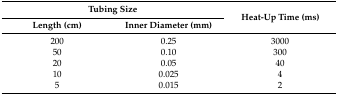
<table><thead><tr><td colspan="2"><b>Tubing Size</b></td><td rowspan="2"><b>Heat-Up Time (ms)</b></td></tr><tr><td><b>Length (cm)</b></td><td><b>Inner Diameter (mm)</b></td></tr></thead><tbody><tr><td>200</td><td>0.25</td><td>3000</td></tr><tr><td>50</td><td>0.10</td><td>300</td></tr><tr><td>20</td><td>0.05</td><td>40</td></tr><tr><td>10</td><td>0.025</td><td>4</td></tr><tr><td>5</td><td>0.015</td><td>2</td></tr></tbody></table>